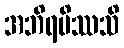
အဘိရမိဿသိ